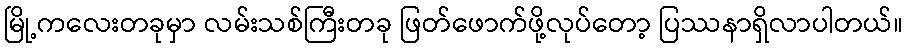
မြို့ကလေးတခုမှာ လမ်းသစ်ကြီးတခု ဖြတ်ဖောက်ဖို့လုပ်တော့ ပြဿနာရှိလာပါတယ်။